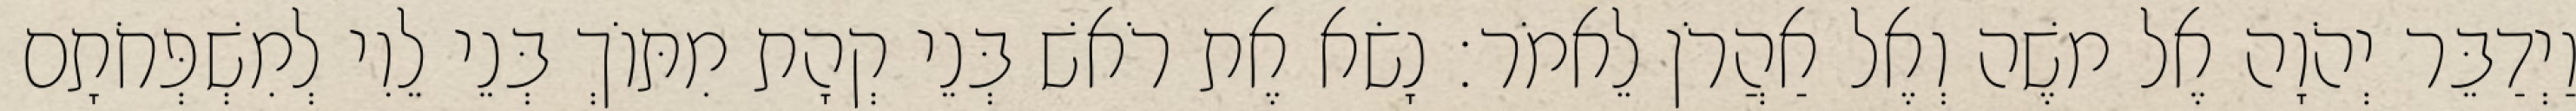
וַיְדַבֵּר יְהֹוָה אֶל משֶׁה וְאֶל אַהֲרֹן לֵאמֹר׃ נָשׂא אֶת רֹאשׁ בְּנֵי קְהָת מִתּוֹךְ בְּנֵי לֵוִי לְמִשְׁפְּחֹתָם